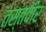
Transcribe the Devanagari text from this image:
तस्तवीर